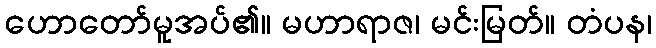
ဟောတော်မူအပ်၏။ မဟာရာဇ၊ မင်းမြတ်။ တံပန၊